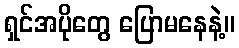
ရှင်အပိုတွေ ပြောမနေနဲ့။